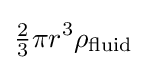
{\tfrac {2}{3}}\pi r^{3}\rho _{\text{fluid}}